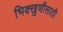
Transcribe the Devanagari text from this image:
भिक्खुणीसाठी